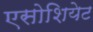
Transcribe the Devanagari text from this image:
एसोशियेट